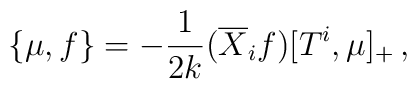
\left\{\mu,f\right\}=-\frac{1}{2k} (\overline X_i f) [T^i,\mu]_+\,,